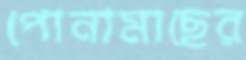
পোনামাছের